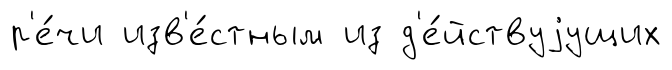
р'е́чи изв'е́стным из д'е́йствуjущих